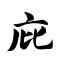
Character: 庇